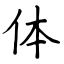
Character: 体